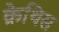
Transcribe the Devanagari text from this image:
क्रेथिस